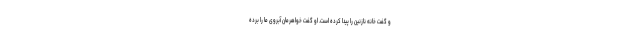
و گفت خانه نازنین را پیدا کرده است. او گفت خواهرمان آبروی ما را برده